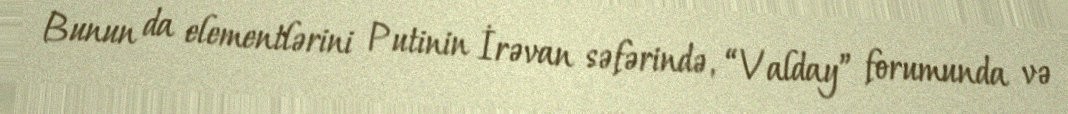
Bunun da elementlərini Putinin İrəvan səfərində, “Valday” forumunda və